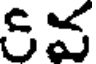
&వ